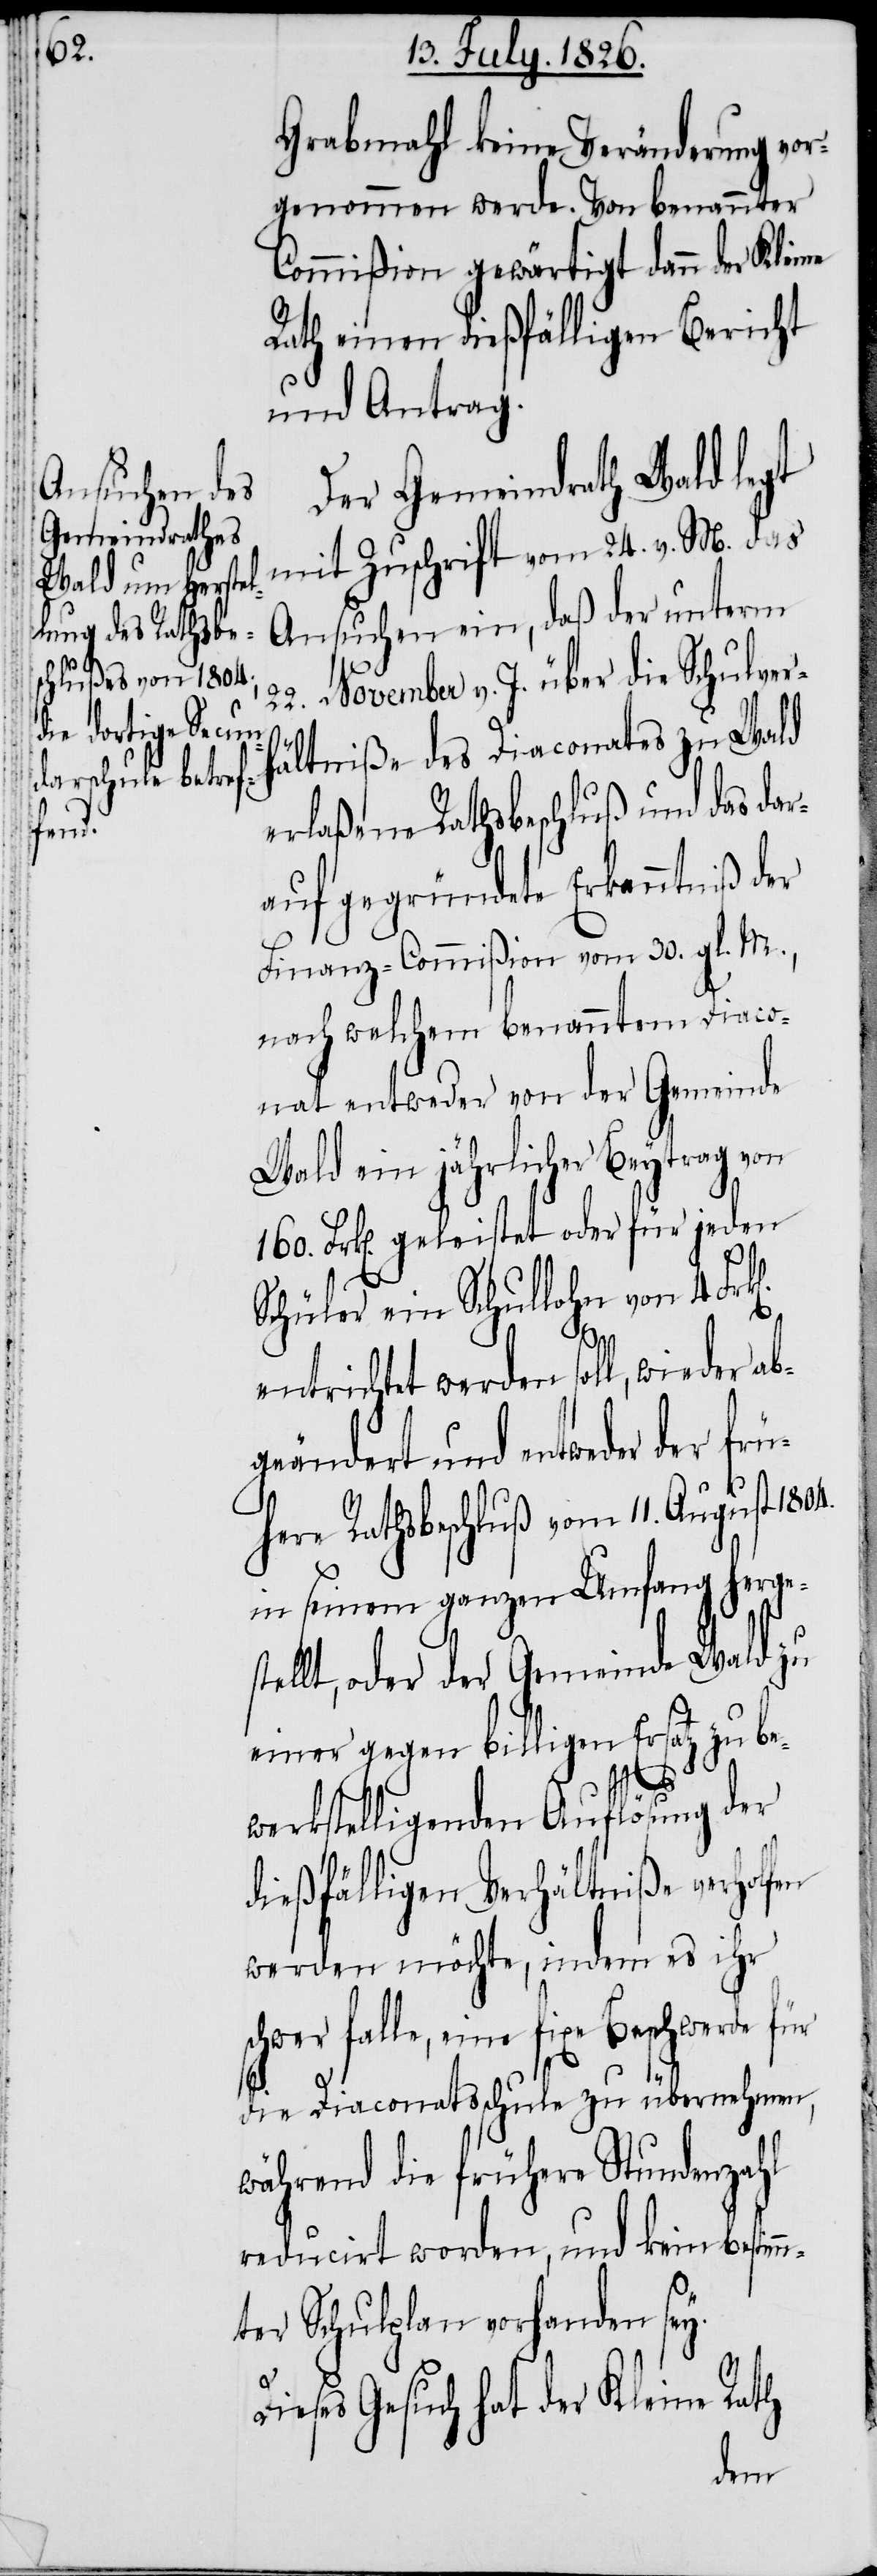
22.

Grabmahl keine Veränderung vor¬
genommen werde. Von benannter
Commißion gewärtigt dann der Kleine
Rath einen dießfälligen Bericht
und Antrag.
Der Gemeindrath Wald legt
mit Zuschrift vom 24. v. M. das
Ansuchen ein, daß der unterm
November v. J. über die Schulver¬
hältniße des Diaconates zu Wald
erlaßene Rathsbeschluß und das dar¬
auf gegründete Erkenntniß der
Finanz-Commißion vom 30. gl. M.,
nach welchem benanntem Diaco¬
nat entweder von der Gemeinde
Wald ein jährlicher Beytrag von
160. Frk[en]. geleistet oder für jeden
Schüler ein Schullohn von 4. Fr¬
1804.
entrichtet werden soll, wieder ab¬
geändert und entweder der frü¬
here Rathsbeschluß vom 11. August
in seinem ganzen Umfang herge¬
stellt, oder der Gemeinde Wald zu
einer gegen billigen Ersatz zu be¬
werkstelligenden Auflösung der
dießfälligen Verhältniße verholfen
werden möchte, indem es ihr
eine fixe Beschwerde für
die Diaconatsschule zu übernehmen,
während die frühere Stundenzahl
reducirt worden, und kein bestim¬
mter Schulplan vorhanden sey.
D¬
ieses Gesuch hat der Kleine Rath